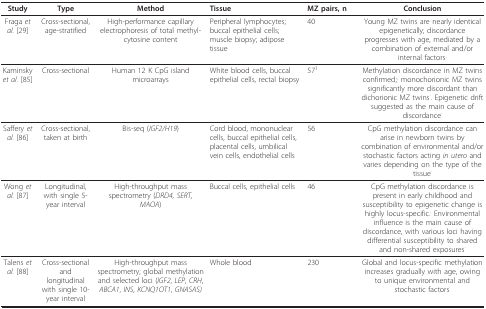
<table><thead><tr><td><b>Study</b></td><td><b>Type</b></td><td><b>Method</b></td><td><b>Tissue</b></td><td><b>MZ pairs, n</b></td><td><b>Conclusion</b></td></tr></thead><tbody><tr><td>Fraga <i>et al. </i>[29]</td><td>Cross-sectional, age-stratified</td><td>High-performance capillary electrophoresis of total methyl-cytosine content</td><td>Peripheral lymphocytes; buccal epithelial cells; muscle biopsy; adipose tissue</td><td>40</td><td>Young MZ twins are nearly identical epigenetically; discordance progresses with age, mediated by a combination of external and/or internal factors·</td></tr><tr><td>Kaminsky <i>et al. </i>[85]</td><td>Cross-sectional</td><td>Human 12 K CpG island microarrays</td><td>White blood cells, buccal epithelial cells, rectal biopsy</td><td>57<sup>1</sup></td><td>Methylation discordance in MZ twins confirmed;· monochorionic MZ twins significantly more discordant than dichorionic MZ twins<sup>.</sup>. Epigenetic drift suggested as the main cause of discordance<sup>.</sup></td></tr><tr><td>Saffery <i>et al. </i>[86]</td><td>Cross-sectional, taken at birth</td><td>Bis-seq (<i>IGF2/H19</i>)</td><td>Cord blood, mononuclear cells, buccal epithelial cells, placental cells, umbilical vein cells, endothelial cells</td><td>56</td><td>CpG methylation discordance can arise in newborn twins by combination of environmental and/or stochastic factors acting <i>in utero </i>and varies depending on the type of the tissue<sup>.</sup></td></tr><tr><td>Wong <i>et al. </i>[87]</td><td>Longitudinal, with single 5-year interval</td><td>High-throughput mass spectrometry (<i>DRD4, SERT, MAOA</i>)</td><td>Buccal cells, epithelial cells</td><td>46</td><td>CpG methylation discordance is present in early childhood and susceptibility to epigenetic change is highly locus-specific.<sup>. </sup>Environmental influence is the main cause of discordance, with various loci having differential susceptibility to shared and non-shared exposures<sup>.</sup></td></tr><tr><td>Talens <i>et al. </i>[88]</td><td>Cross-sectional and longitudinal with single 10-year interval</td><td>High-throughput mass spectrometry; global methylation and selected loci (<i>IGF2</i>, <i>LEP</i>, <i>CRH</i>, <i>ABCA1</i>, <i>INS</i>, <i>KCNQ1OT1</i>, <i>GNASAS)</i></td><td>Whole blood</td><td>230</td><td>Global and locus-specific methylation increases gradually with age, owing to unique environmental and stochastic factors<sup>.</sup></td></tr></tbody></table>